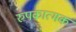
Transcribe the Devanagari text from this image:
रुपकात्मक